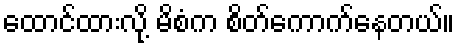
ထောင်ထားလို့ မိစံက စိတ်ကောက်နေတယ်။